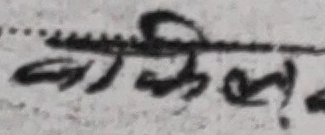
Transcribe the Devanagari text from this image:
बाकिलले